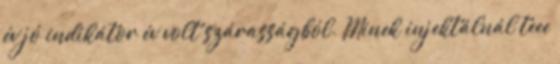
év jó indikátor év volt szárasságból. Minek injektálnál teee